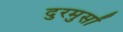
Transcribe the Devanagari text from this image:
दुरमुसों